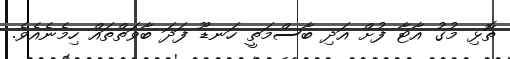
ތޮޅި މުގު އާޓާ ފުށް އަދި ބާސްމަތީ ހަނޑޫ ފަދަ ބާވަތްތައް ހިމެނެއެވެ.